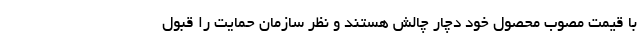
با قیمت مصوب محصول خود دچار چالش هستند و نظر سازمان حمایت را قبول